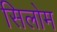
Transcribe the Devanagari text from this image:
सिलोम